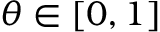
\theta \in [ 0 , 1 ]